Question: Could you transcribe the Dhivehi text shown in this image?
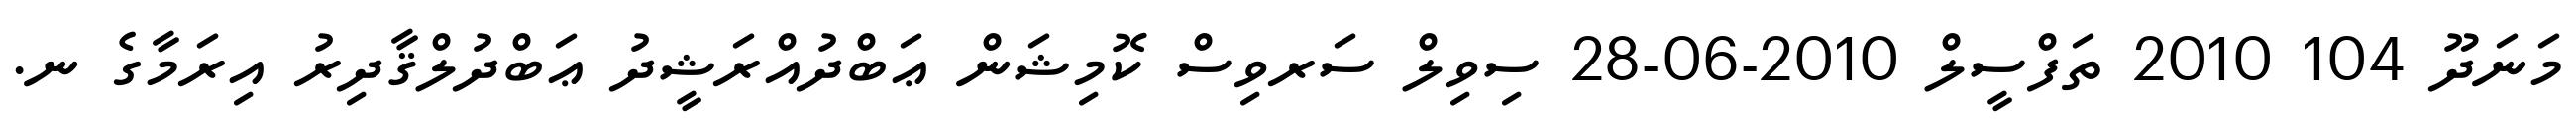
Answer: މަނަދޫ 104 2010 ތަފްސީލް 2010-06-28 ސިވިލް ސަރވިސް ކޮމިޝަން ޢަބްދުއްރަޝީދު ޢަބްދުލްޤާދިރު އިރަމާގެ ނ.